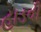
હાડવી